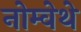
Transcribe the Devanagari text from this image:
नोम्वेथे